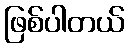
ဖြစ်ပါတယ်